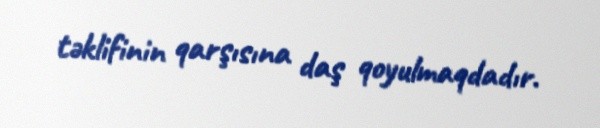
təklifinin qarşısına daş qoyulmaqdadır.